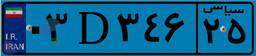
۰۳D۳۴۶۲۵